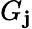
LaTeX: G_{\mathbf{j}}